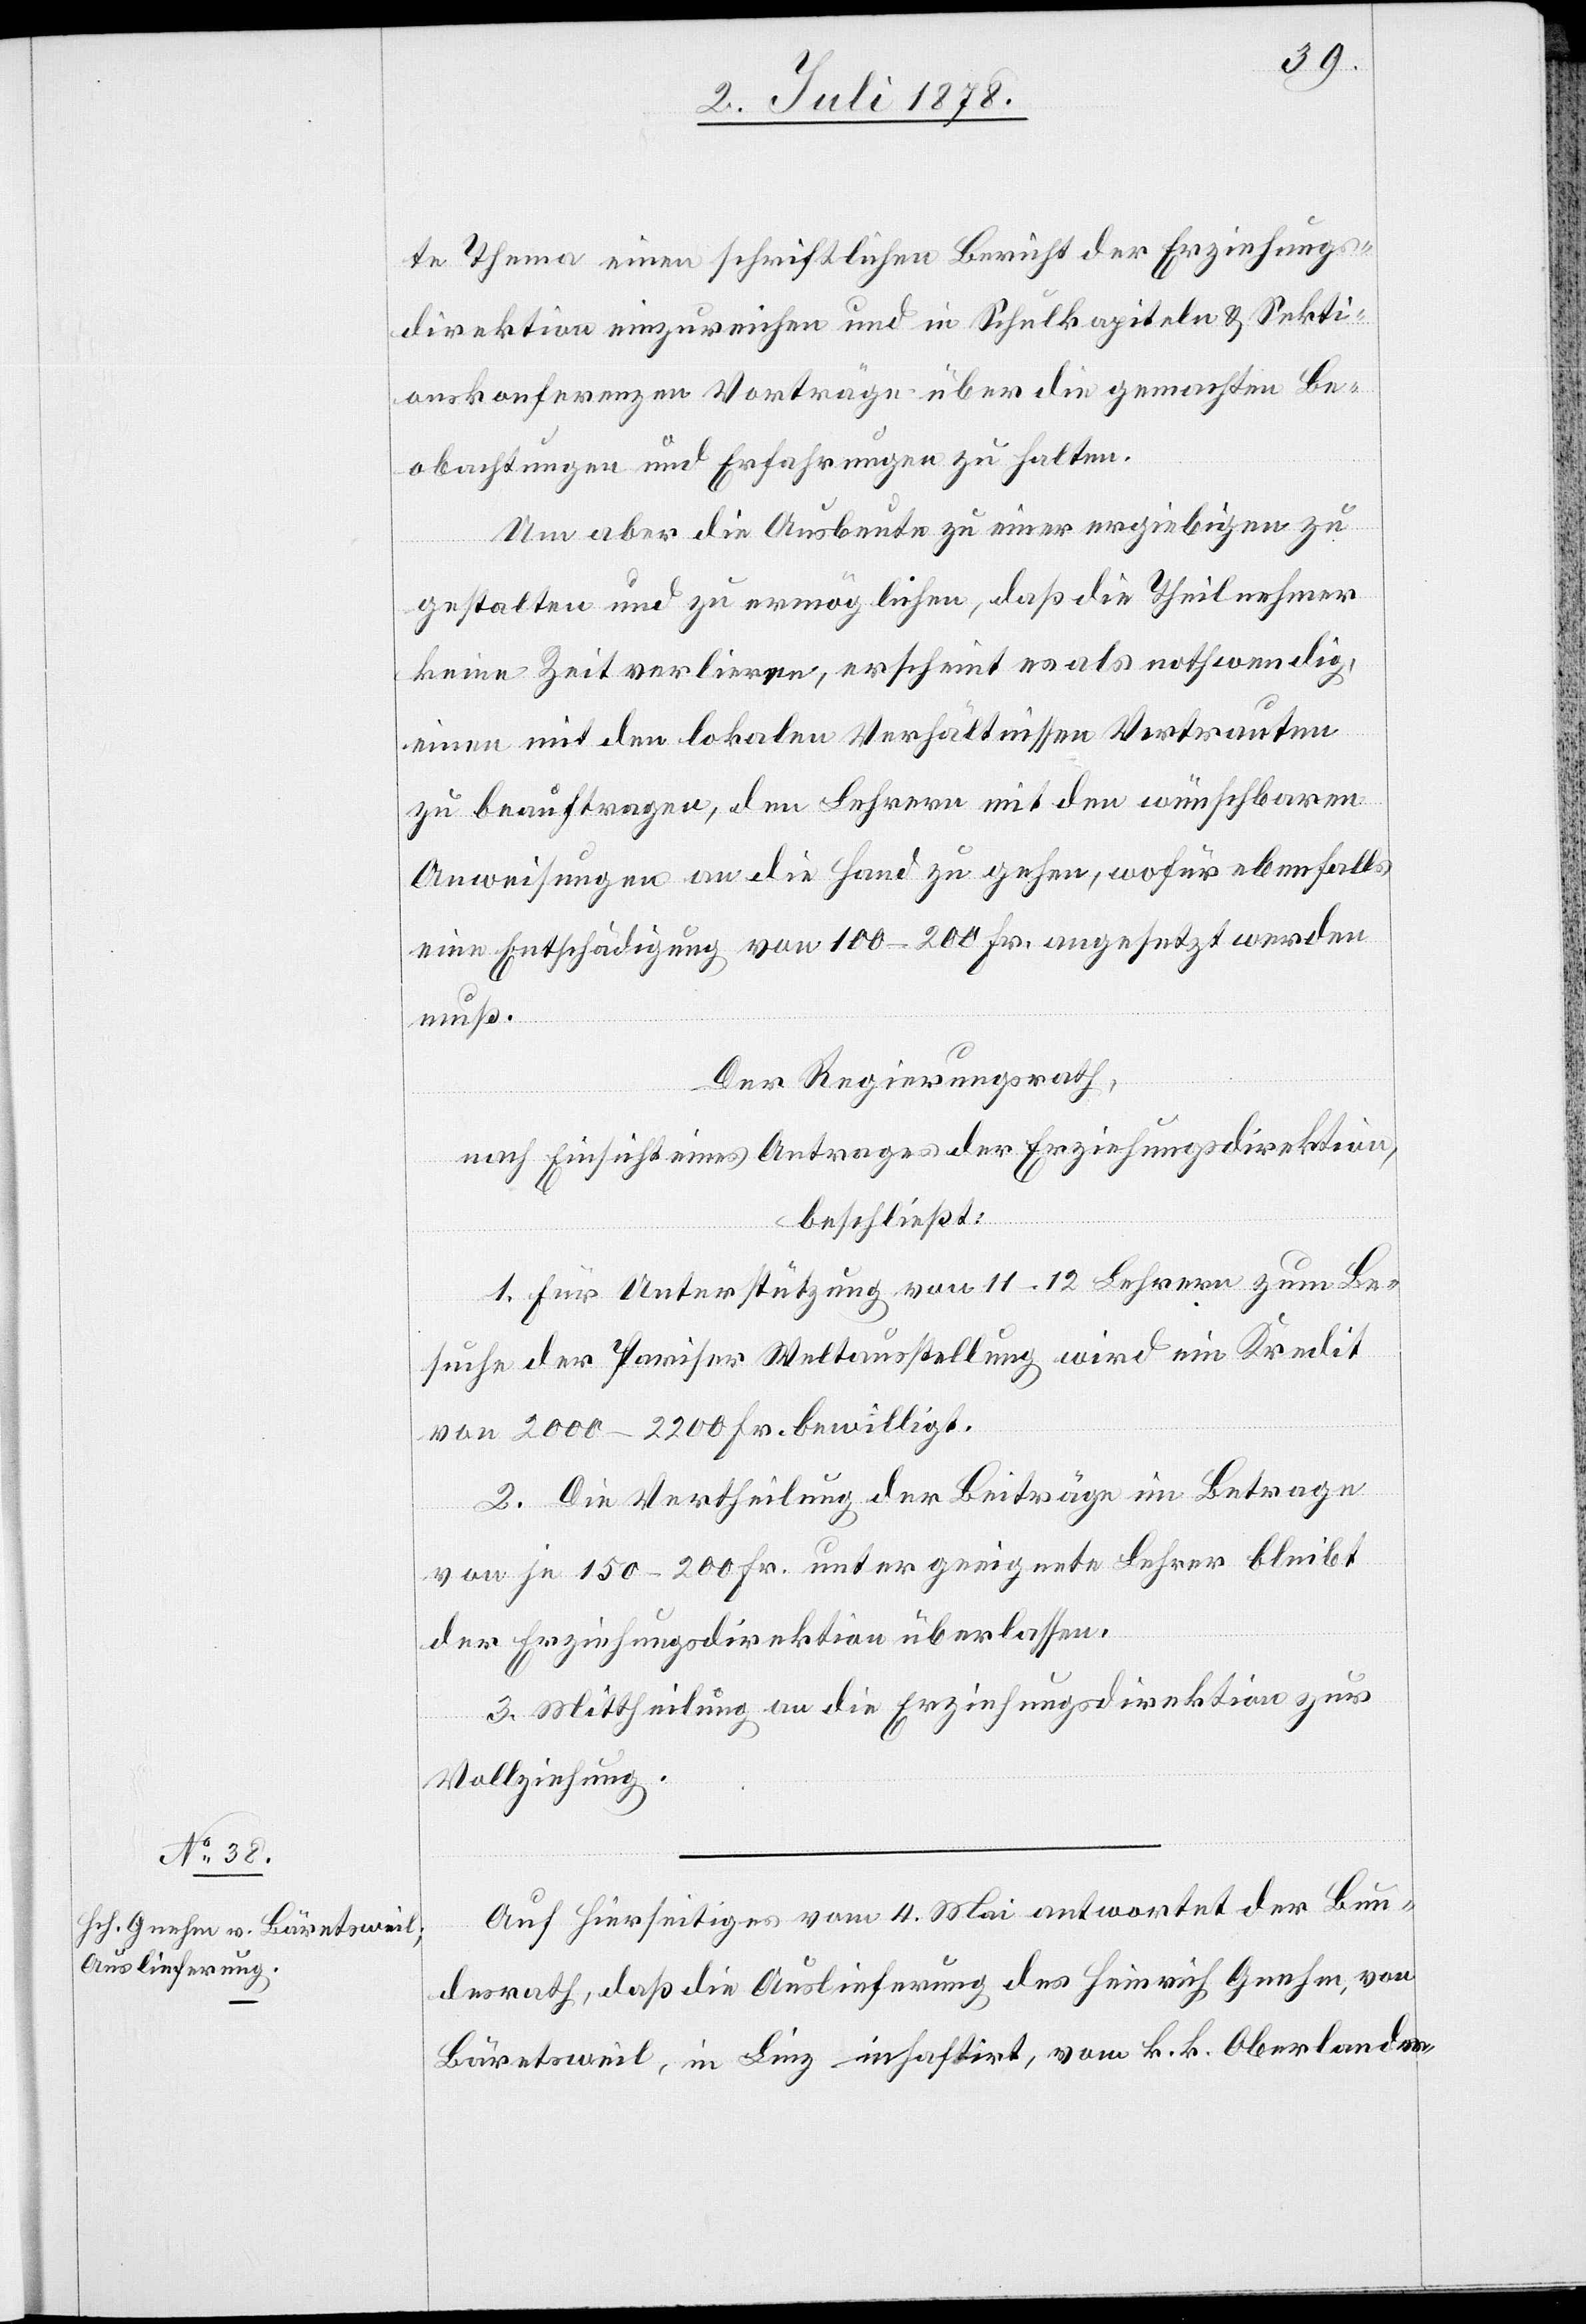
3. Juli 1878.]
te Thema einen schriftlichen Bericht der Erziehungs¬
direktion einzureichen und in Schulkapiteln & Sekti¬
onskonferenzen Vorträge über die gemachten Be¬
obachtungen und Erfahrungen zu halten.
Um aber die Ausbeute zu einer ergiebigen zu
gestalten und zu ermöglichen, daß die Theilnehmer
keine Zeit verlieren, erscheint es als nothwendig,
einen mit den lokalen Verhältnissen Vertrauten
zu beauftragen, den Lehrern mit dem wünschbaren
Anweisungen an die Hand zu geben, wofür ebenfalls
eine Entschädigung von 100–200 Fr. angesetzt werden
muß.
Der Regierungsrath,
nach Einsicht eines Antrages der Erziehungsdirektion,
beschließt:
1. Für Unterstützung von 11–12 Lehrern zum Be¬
suche der Pariser Weltausstellung wird ein Kredit
von 2000–2200 Fr. bewilligt.
2. Die Vertheilung der Beiträge im Betrage
von je 150–200 Fr. unter geeignete Lehrer bleibt
der Erziehungsdirektion überlassen.
3. Mittheilung an die Erziehungsdirektion zur
Vollziehung.
Auf Hierseitiges vom 4. Mai antwortet der Bun¬
desrath, daß die Auslieferung des Heinrich Gnehm, von
Bäretsweil, in Linz inhaftirt, vom k. k. Oberlandes-